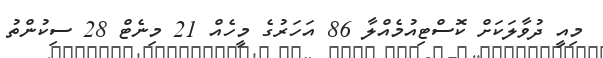
މިއީ ދުވާލަކަށް ކޮސްޓިއުމެއްލާ 86 އަހަރުގެ މީހެއް 21 މިނެޓް 28 ސިކުންތު